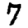
Digit: 7